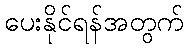
ပေးနိုင်ရန်အတွက်